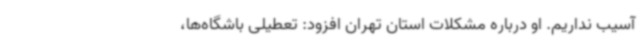
آسیب نداریم. او درباره مشکلات استان تهران افزود: تعطیلی باشگاه‌ها،